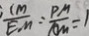
\frac { C M } { E M } = \frac { P M } { A M } =